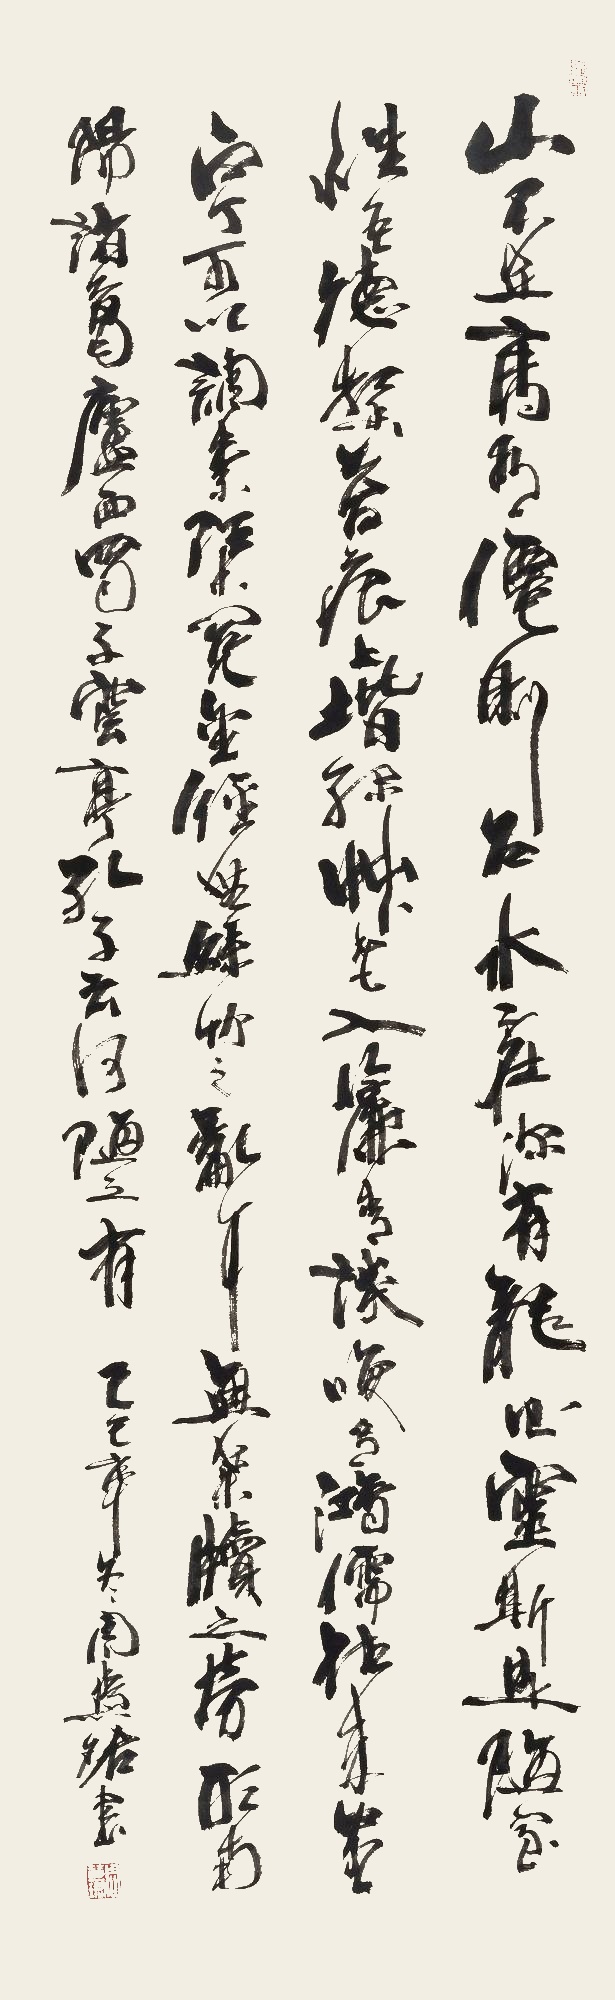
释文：山不在高，有仙则名。水不在深，有龙则灵。斯是陋室，惟吾德馨。苔痕上阶绿，草色入帘青。谈笑有鸿儒，往来无白丁。可以调素琴，阅金经。无丝竹之乱耳，无案牍之劳形。南阳诸葛庐，西蜀子云亭。孔子云：何陋之有？己巳年冬，周慧珺书。